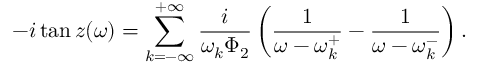
- i \tan z ( \omega ) = \sum _ { k = - \infty } ^ { + \infty } \frac { i } { \omega _ { k } \Phi _ { 2 } } \left( \frac { 1 } { \omega - \omega _ { k } ^ { + } } - \frac { 1 } { \omega - \omega _ { k } ^ { - } } \right) .